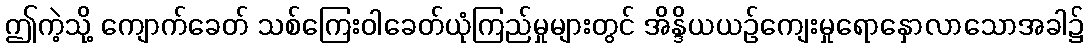
ဤကဲ့သို့ ကျောက်ခေတ် သစ်ကြေးဝါခေတ်ယုံကြည်မှုများတွင် အိန္ဒိယယဉ်ကျေးမှုရောနှောလာသောအခါ၌